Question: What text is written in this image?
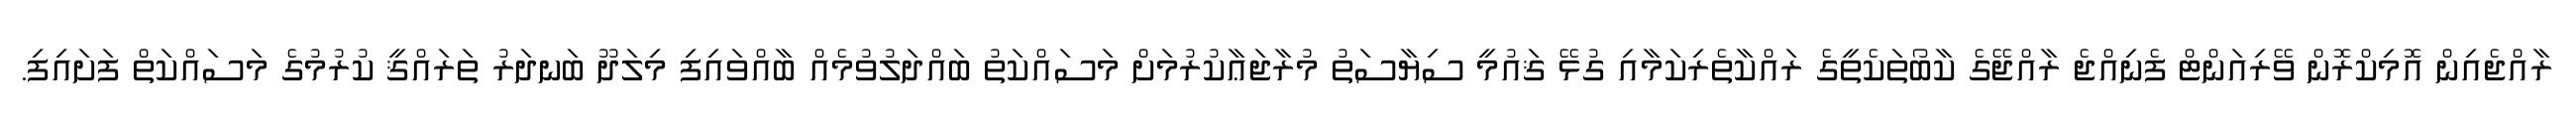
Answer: ރާއްޖެއިން އޮމިކްރޮން ވޭރިއަންޓް ފެނިއްޖެ ރާއްޖޭގެ ކާބޯތަކެތީގެ ރައްކާތެރިކަމާއި ގުޅޭ ޤައުމީ ސިޔާސަތު މުރާޖަޢާކުރުމަށް މަސައްކަތު ބައްދަލުވުމެއް ބާއްވައިފި މިލަދޫ ބަނދަރު ތަރައްޤީ ކުރުމުގެ މަސައްކަތް ފަށައިފި.